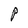
Character: P